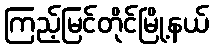
ကြည့်မြင်တိုင်မြို့နယ်